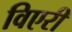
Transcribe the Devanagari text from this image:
विएरी